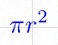
\pi r^2